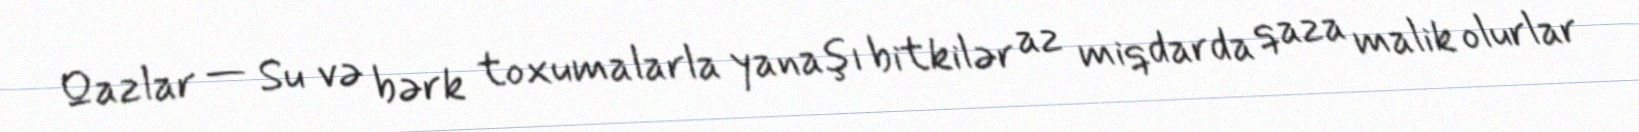
Qazlar — Su və bərk toxumalarla yanaşı bitkilər az miqdarda qaza malik olurlar